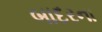
બાદરના